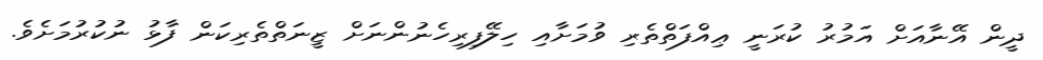
ދީން އޭނާއަށް އަމުރު ކުރަނީ ޢިއްފަތްތެރި ވުމަށާއި ހިލޭފިރިހެނުންނަށް ޒީނަތްތެރިކަން ފާޅު ނުކުރުމަށެވެ.